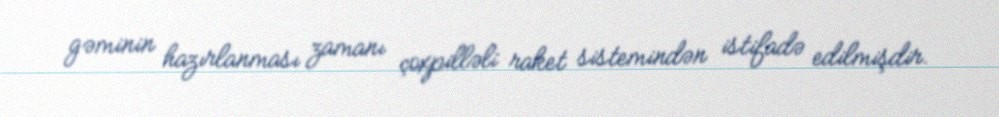
gəminin hazırlanması zamanı çoxpilləli raket sistemindən istifadə edilmişdir.